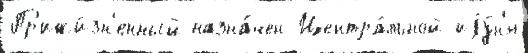
Пр'ижи́зн'енный назна́чен Центра́льной иjу́н'я